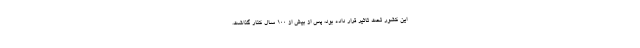
این کشور تحت تاثیر قرار داده بود، پس از بیش از ۱۰۰ سال کنار گذاشت.